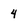
Character: 4